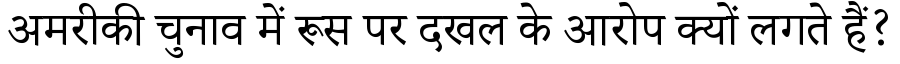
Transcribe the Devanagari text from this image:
अमरीकी चुनाव में रूस पर दखल के आरोप क्यों लगते हैं?